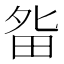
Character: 𰣃